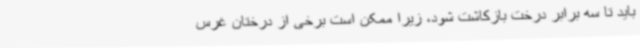
باید تا سه برابر درخت بازکاشت شود، زیرا ممکن است برخی از درختان غرس